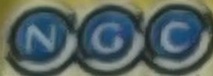
NGC